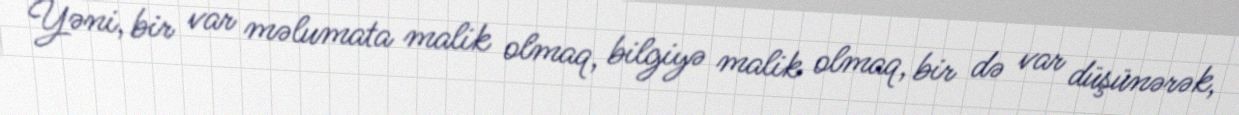
Yəni, bir var məlumata malik olmaq, bilgiyə malik olmaq, bir də var düşünərək,